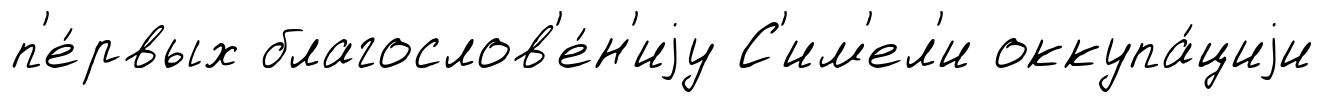
п'е́рвых благослов'е́н'иjу С'им'ел'и оккупа́циjи